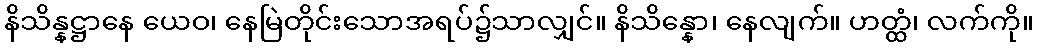
နိသိန္နဋ္ဌာနေ ယေဝ၊ နေမြဲတိုင်းသောအရပ်၌သာလျှင်။ နိသိန္နော၊ နေလျက်။ ဟတ္ထံ၊ လက်ကို။